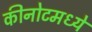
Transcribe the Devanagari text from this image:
कीनोटमध्ये